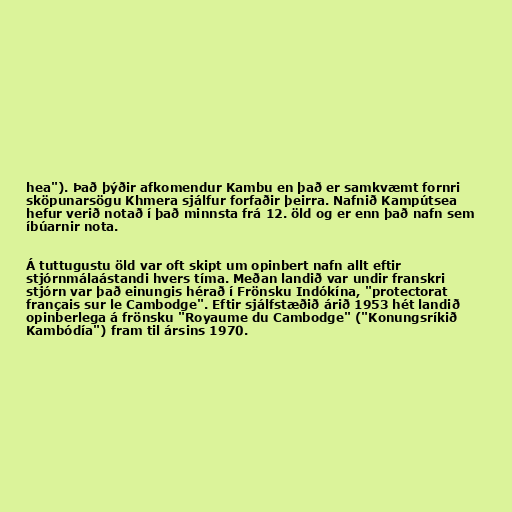
hea"). Það þýðir afkomendur Kambu en það er samkvæmt fornri
sköpunarsögu Khmera sjálfur forfaðir þeirra. Nafnið Kampútsea
hefur verið notað í það minnsta frá 12. öld og er enn það nafn sem
íbúarnir nota.

Á tuttugustu öld var oft skipt um opinbert nafn allt eftir
stjórnmálaástandi hvers tíma. Meðan landið var undir franskri
stjórn var það einungis hérað í Frönsku Indókína, "protectorat
français sur le Cambodge". Eftir sjálfstæðið árið 1953 hét landið
opinberlega á frönsku "Royaume du Cambodge" ("Konungsríkið
Kambódía") fram til ársins 1970.